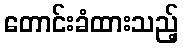
တောင်းခံထားသည့်